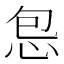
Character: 𫹾